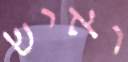
ואיש